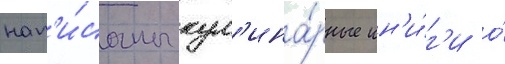
нап'и́саны кул'ина́рные кн'и́г'и о́